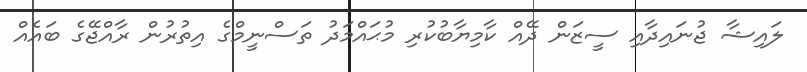
ލައިޝާ ޖުނައިދާއި ސީޒަން ދޭއް ކާމިޔާބުކުރި މުޙައްމަދު ތަސްނީމްގެ އިތުރުން ރާއްޖޭގެ ބައެއް